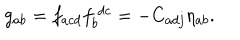
g _ { a b } = f _ { a c d } f _ { b } ^ { ~ d c } = - C _ { a d j } \eta _ { a b } .